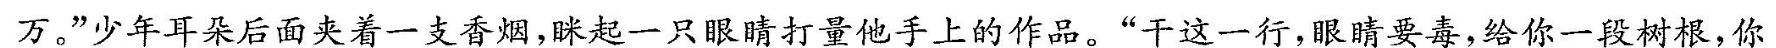
万。”少年耳朵后面夹着一支香烟，眯起一只眼睛打量他手上的作品。“千这一行，眼睛要毒，给你一段树根，你